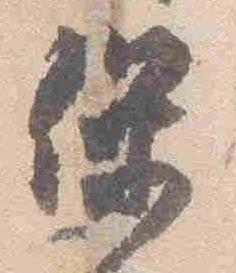
保